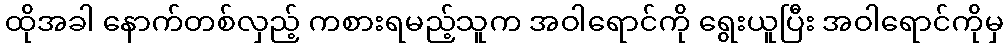
ထိုအခါ နောက်တစ်လှည့် ကစားရမည့်သူက အဝါရောင်ကို ရွေးယူပြီး အဝါရောင်ကိုမှ